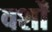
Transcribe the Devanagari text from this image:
वर्शों